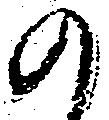
の